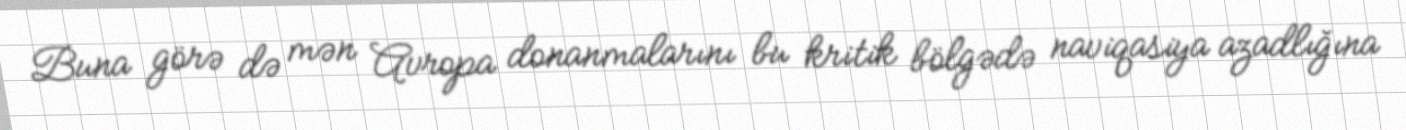
Buna görə də mən Avropa donanmalarını bu kritik bölgədə naviqasiya azadlığına